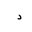
Letter: _dal